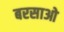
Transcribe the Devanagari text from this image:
बरसाओ